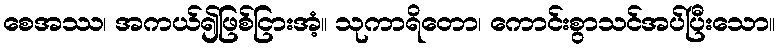
စေအဿ၊ အကယ်၍ဖြစ်ငြားအံ့။ သုကာရိတော၊ ကောင်းစွာသင်အပ်ပြီးသော။